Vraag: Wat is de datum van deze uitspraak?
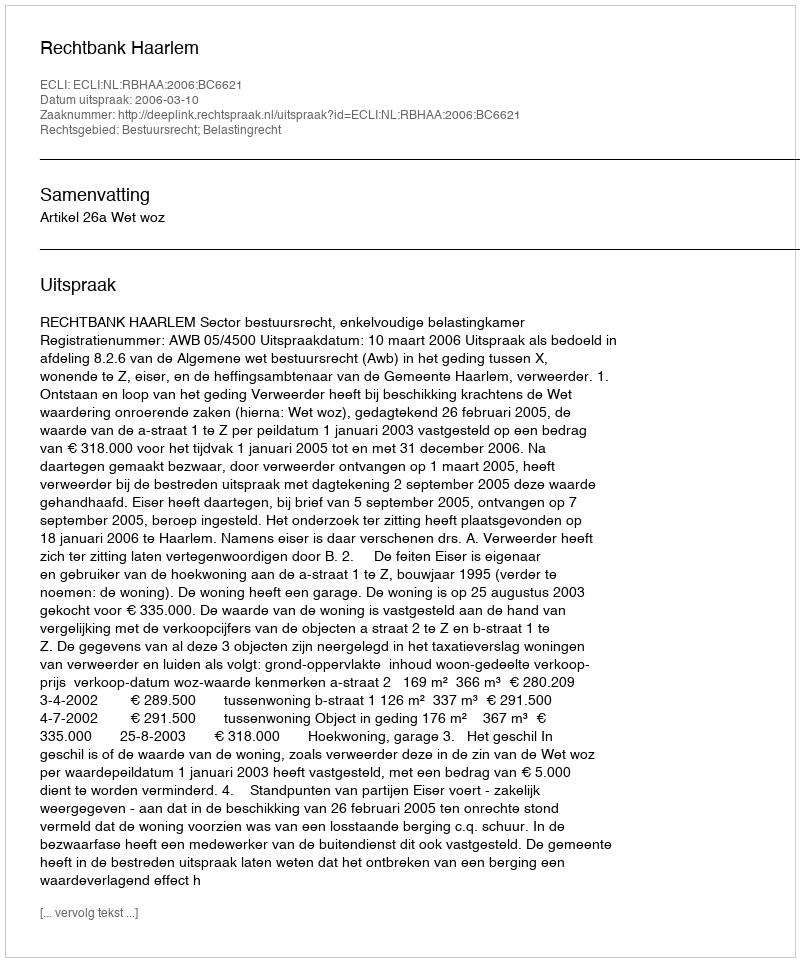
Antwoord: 2006-03-10